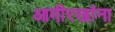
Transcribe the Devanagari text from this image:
आमीरखांना